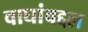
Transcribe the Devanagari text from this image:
वाघांबद्दल